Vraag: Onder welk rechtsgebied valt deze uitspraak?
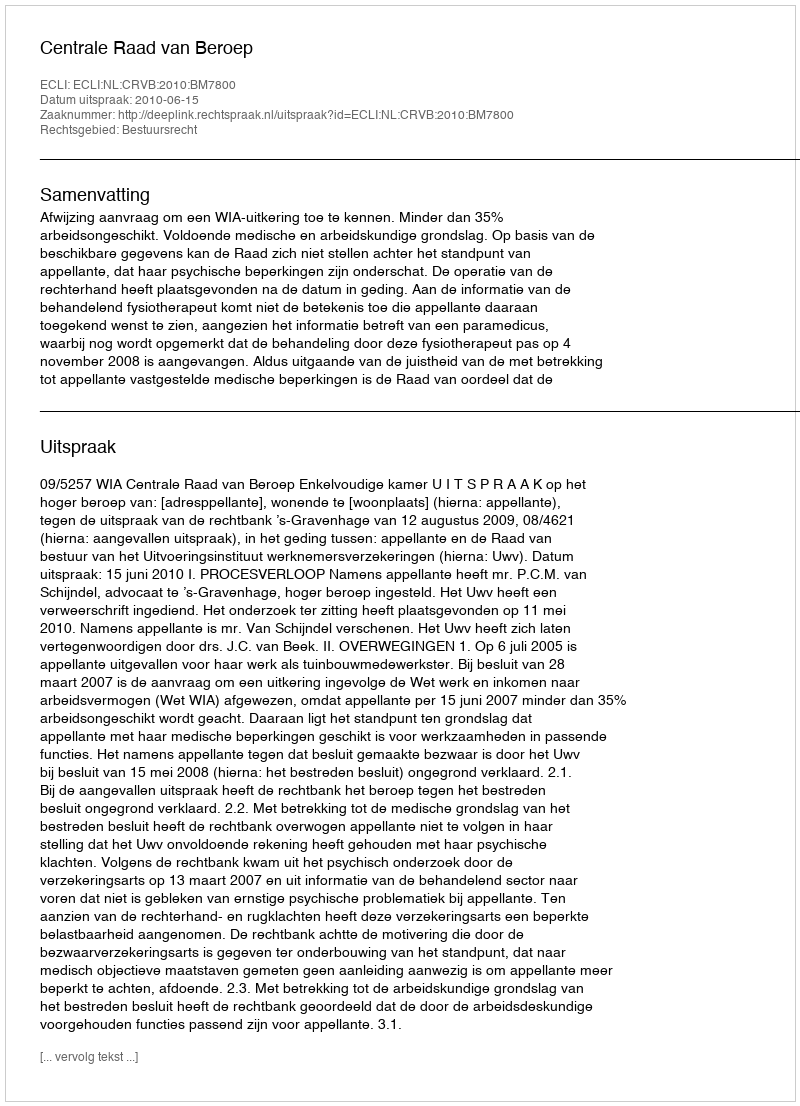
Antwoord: Bestuursrecht